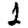
Digit: 1